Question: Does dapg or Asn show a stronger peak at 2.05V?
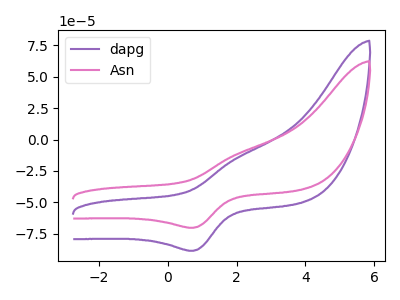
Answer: <think>The purple curve "dapg" has an anodic peak at (2.05V, -14.30uA) and a cathodic peak at (0.75V, -88.50uA). The pink curve "Asn" has an anodic peak at (2.05V, -11.35uA) and a cathodic peak at (0.75V, -70.20uA).</think>
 <answer>The peak at 2.05V is lower in "dapg" than in "Asn".</answer>
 <eval>lower</eval>